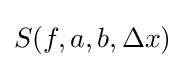
S(f,a,b,\Delta x)